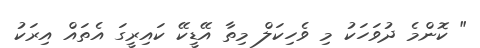
" ކޮންމެ ދުވަހަކު މި ވެހިކަލް މިތާ އޭޑީކޭ ކައިރީގަ އެތައް އިރަކު